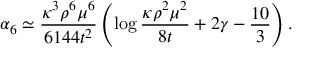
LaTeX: \alpha _ { 6 } \simeq \frac { \kappa ^ { 3 } \rho ^ { 6 } \mu ^ { 6 } } { 6 1 4 4 t ^ { 2 } } \left( \log \frac { \kappa \rho ^ { 2 } \mu ^ { 2 } } { 8 t } + 2 \gamma - \frac { 1 0 } { 3 } \right) .